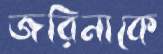
জরিনাকে